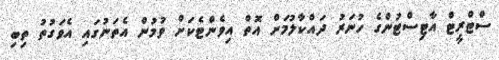
ސްޓްރީޓް އާޓިސްޓުންގެ ހުނަރު ދައްކާލުމަށް އޮތް އިވެންޓެކަށް ވުމުން އެތަނުގައި އެވަގުތު ތިބި